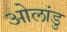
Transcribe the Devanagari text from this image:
ओलांडु